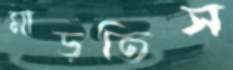
মাড়তিস